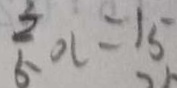
\frac { 3 } { 5 } x = 1 5